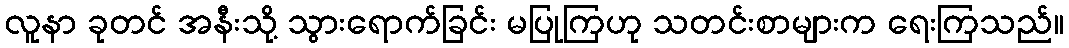
လူနာ ခုတင် အနီးသို့ သွားရောက်ခြင်း မပြုကြဟု သတင်းစာများက ရေးကြသည်။